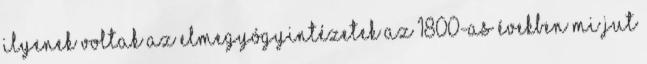
ilyenek voltak az elmegyógyintézetek az 1800-as években Mi jut